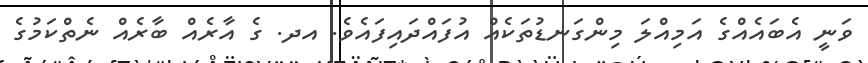
ވަނީ އެބައެއްގެ އަމިއްލަ މިންގަނޑުތަކެއް އުފައްދައިފައެވެ. އދ. ގެ އާރެއް ބާރެއް ނެތްކަމުގެ